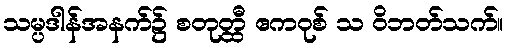
သမ္ပဒါန်အနက်၌ စတုတ္ထီ ဧကဝုစ် သ ဝိဘတ်သက်။